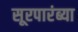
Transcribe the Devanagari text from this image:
सूरपारंब्या